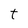
Character: t